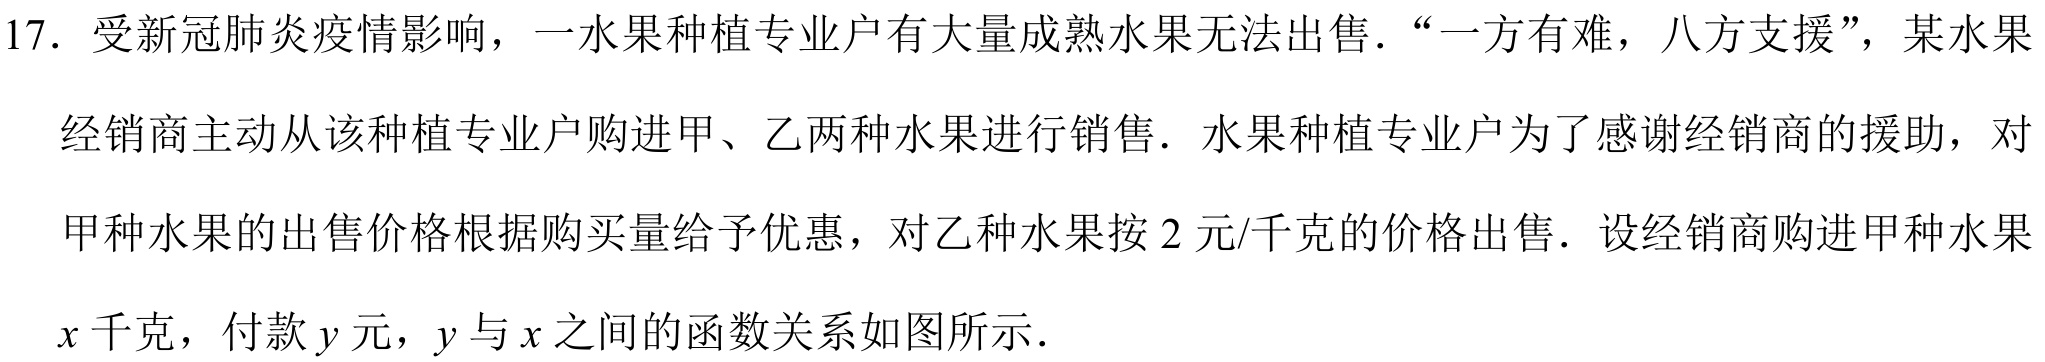
17. 受新冠肺炎疫情影响，一水果种植专业户有大量成熟水果无法出售．“一方有难，八方支援”，某水果经销商主动从该种植专业户购进甲、乙两种水果进行销售．水果种植专业户为了感谢经销商的援助，对甲种水果的出售价格根据购买量给予优惠，对乙种水果按\(2\)元/千克的价格出售．设经销商购进甲种水果\(x\)千克，付款\(y\)元，\(y\)与\(x\)之间的函数关系如图所示．